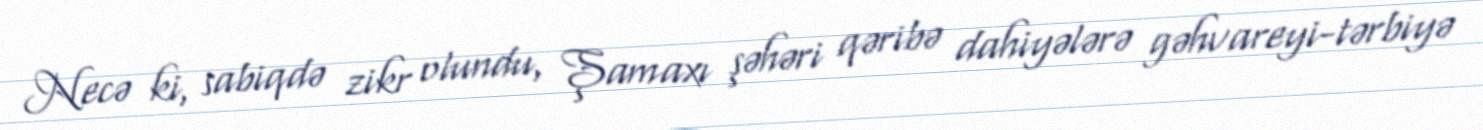
Necə ki, sabiqdə zikr olundu, Şamaxı şəhəri qəribə dahiyələrə gəhvareyi-tərbiyə